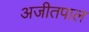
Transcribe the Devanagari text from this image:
अजीतपाल